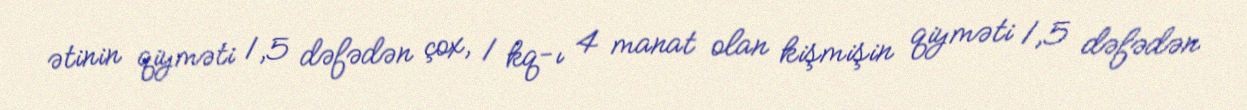
ətinin qiyməti 1,5 dəfədən çox, 1 kq-ı 4 manat olan kişmişin qiyməti 1,5 dəfədən